Alphabetical list of drugs, medicines and other preparations free from, and containing, spirit compiled from the results of tests made by the customs houses at Calcutta, Bombay, and Madras
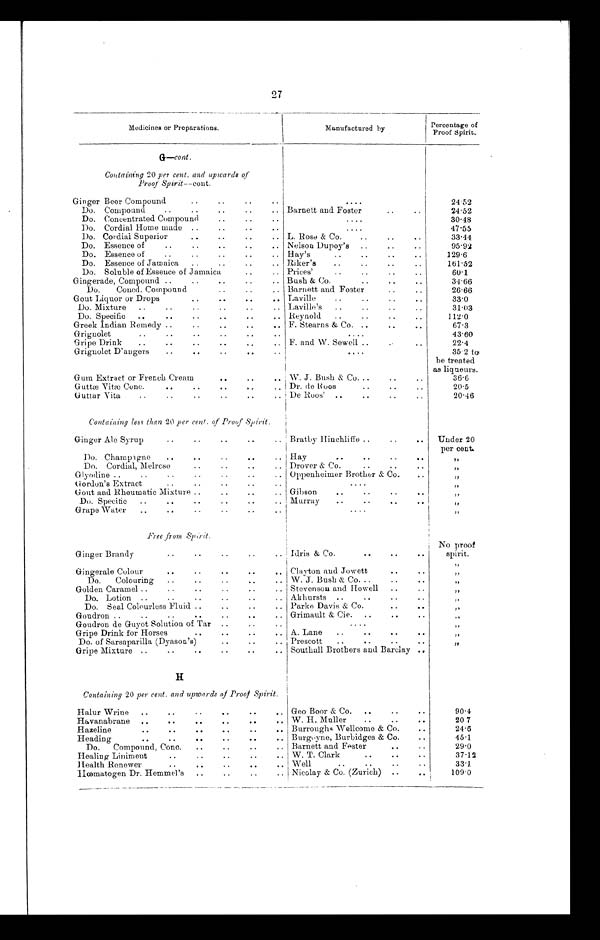
27
Medicines or Preparations.
Manufactured by
Percentage of
Proof Spirit.
G—cont.
Containing 20 per cent. and upwards of
Proof Spirit—cont.
Ginger Beer Compound
..
..
..
..
. . . .
2 4 . 5 2
Do. Compound
..
..
..
..
.. Barnett and Foster
..
..
24.52
Do. Concentrated Compound
..
.
....
30.48
Do. Cordial Home made ..
..
..
..
. . . .
47.55
Do. Cordial Superior
..
..
.. L. Rose & Co.
..
..
33.44
Do. Essence of
..
..
..
..
.. Nelson Dupoy's ..
..
95.92
Do. Essence of
..
..
..
.. Hay's
..
..
..
..
129.6
Do. Essence of Jamaica ..
..
..
.. Riker's
..
..
..
..
161.52
Do. Soluble of Essence of Jamaica
..
.. Prices'
..
..
..
..
60.1
Gingerade, Compound ..
..
..
.. Bush & Co.
..
..
..
3 4 . 6 6
Do.
Concd. Compound
.. Barnett and Foster....
26.66
Gout Liquor or Drops
..
..
..
.. Laville
..
..
..
..
33.0
Do. Mixture ..
..
..
..
.. Laville's
..
..
..
31.03
Do. Specific
..
.. ..
..
..
. . Reynold
..
..
..
..
1 1 2 . 0
Greek Indian Remedy ..
..
..
. . F. Stearns & Co. ..
..
67.3
Grignolet
..
..
..
..
..
. .
....
43.60
Gripe Drink
..
..
..
..
..
.. F. and W. Sewell ..
22.4
Grignolet D'angers
..
..
..
. . . .
35.2 to
be treated
as liqueurs.
Gum Extract or French Cream
..
..
. . W. J. Bush & Co...
..
..
36.6
Guttæ Vitæ Conc.
..
..
. . Dr de Roos
..
..
20.5
Guttar Vita
..
..
..
..
. . De Roos' ..
..
..
..
20.46
Containing less than 20 per cent. of Proof Spirit.
Ginger Ale Syrup
..
..
..
..
.. Bratby Hinchliffe ..
..
..
Under 20
per cent.
Do. Champagne
..
..
..
..
.. Hay
..
.. ..
. .
„
Do. Cordial, Melrose
..
..
.. Drover & Co.
..
„
Glyodine ..
..
..
..
..
..
.. Oppenheimer Brother & Co.
. .
„
Gordon's Extract
..
..
..
..
..
. . . .
„
Gout and Rheumatic Mixture ..
..
..
.. Gibson
..
..
„
Do. Specific
..
..
..
..
..
.. Murray
..
..
..
„
Grape Water
..
..
..
..
..
....
„
Free from Spirit.
Ginger Brandy
..
..
..
..
.. Idris & Co.
..
..
N o p r o o f s p i r i t .
Gingerale Colour
..
..
..
..
. . Clayton and Jowett
..
. .
„
Do.
Colouring
.. W. J. Bush & Co...
. .
„
Golden Caramel ..
..
..
.. Stevenson and Howell ..
„
Do. Lotion ..
..
..
..
..
.. Akhursts ..
..
..
. .
„
Do. Seal Colourless Fluid ..
..
..
.. Parke Davis & Co.
. .
„
Goudron ..
..
..
..
..
..
.. Grimault & Cie. ..
..
..
„
Goudron de Guyot Solution of Tar ..
..
..
....
„
Gripe Drink for Horses
..
..
..
.. A. Lane
..
..
..
. .
„
Do. of Sarsaparilla (Dyason's)
.. Prescott
..
..
..
. .
„
Gripe Mixture ..
..
..
..
..
.. Southall Brothers and Barclay ..
H
Containing 20 per cent. and upwards of Proof Spirit.
Halur Wrine ..
..
..
..
..
.. Geo Boor & Co. ..
..
90.4
Havanabrane ..
..
..
..
..
. . W. H. Muller
..
..
..
20.7
Hazeline
..
..
..
..
. . Burroughs Wellcome & Co.
..
24.6
Heading
..
..
..
..
.. Burgoyne, Burbidges & Co...
45.1
Do. C o m p o u n d , C o n c .
. .
. .
. . Barnett and Fester
..
29.0
Healing Liniment
..
..
.. W. T. Clark
..
..
..
37.12
Health Renewer
..
..
..
..
.. Well
..
..
..
33.1
Hœmatogen Dr. Hemmel's ..
..
.. Nicolay & Co. (Zurich) ..
..
109.0